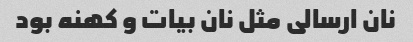
نان ارسالی مثل نان بیات و کهنه بود